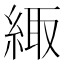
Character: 緅